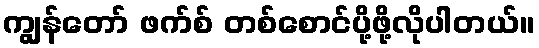
ကျွန်တော် ဖက်စ် တစ်စောင်ပို့ဖို့လိုပါတယ်။